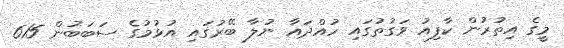
މީގެ އިތުރުން ކާފިއު ވަގުތުގައި ހުއްދައާ ނުލާ ބޭރުގައި އުޅުމުގެ ސަބަބުން 615